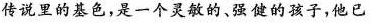
传说里的基色，是一个灵敏的、强健的孩子，他已